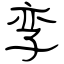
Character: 孪